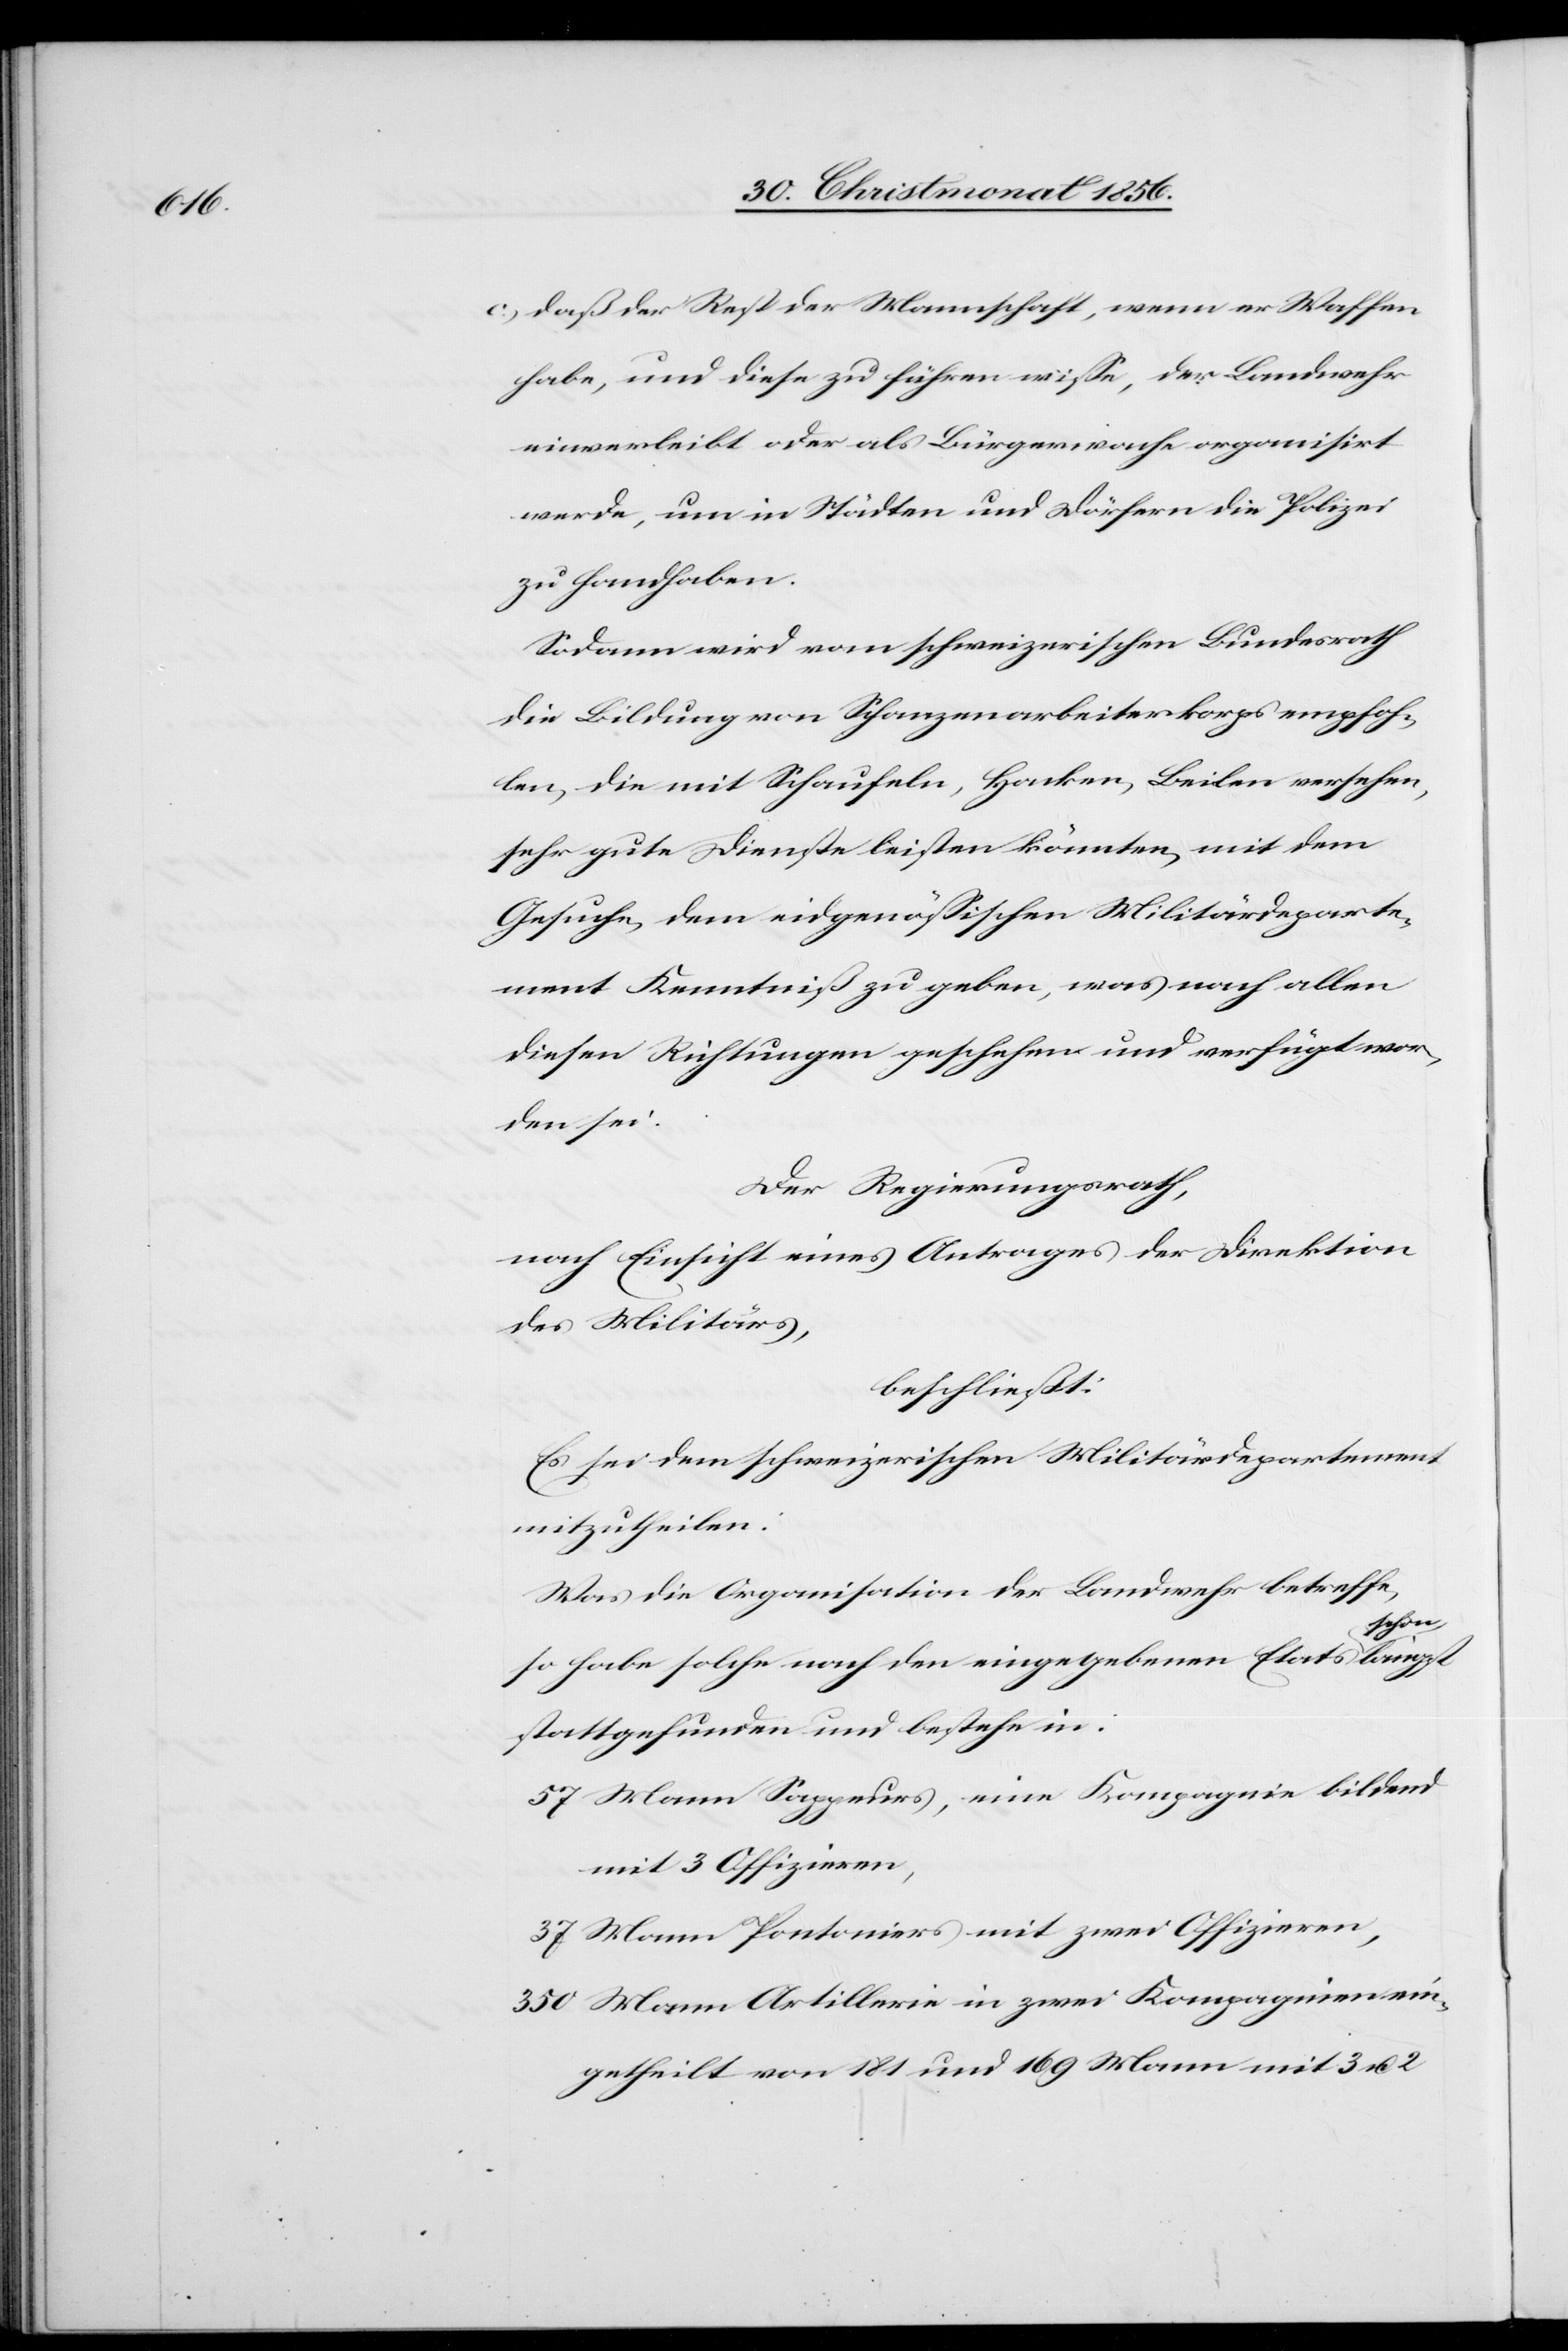
c.) daß der Rest der Mannschaft, wenn er Waffen
habe, und diese zu führen wisse, der Landwehr
einverleibt oder als Bürgerwache organisirt
werde, um in Städten und Dörfern die Polizei
zu handhaben.
Sodann wird vom schweizerischen Bundesrath
die Bildung von Schanzenarbeiterkorps empfoh¬
len, die mit Schaufeln, Hacken, Beilen versehen,
sehr gute Dienste leisten könnten, mit dem
Gesuche, dem eidgenössischen Militärdeparte¬
ment Kenntniß zu geben, was nach allen
diesen Richtungen geschehen und verfügt wor¬
den sei.
Der Regierungsrath,
nach Einsicht eines Antrages der Direktion
des Militärs,
beschließt:
Es sei dem schweizerischen Militärdepartement
mitzutheilen:
Was die Organisation der Landwehr betreffe,
chon-a
so habe solche nach den eingegebenen Etats a-s¬
stattgefunden und bestehe in:
57 Mann Sappeurs, eine Kompagnie bildend
mit 3 Offizieren,
37 Mann Pontoniers mit zwei Offizieren,
350 Mann Artillerie in zwei Kompagnien ein¬
getheilt von 181 und 169 Mann mit 3 u. 2